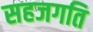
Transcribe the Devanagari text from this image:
सहजगति